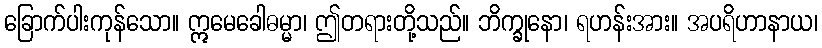
ခြောက်ပါးကုန်သော။ ဣမေခေါဓမ္မာ၊ ဤတရားတို့သည်။ ဘိက္ခုနော၊ ရဟန်းအား။ အပရိဟာနာယ၊